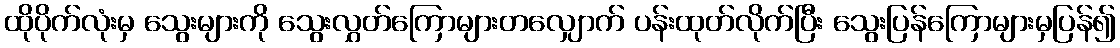
ထိုပိုက်လုံးမှ သွေးများကို သွေးလွှတ်ကြောများတလျှောက် ပန်းထုတ်လိုက်ပြီး သွေးပြန်ကြောများမှပြန်၍